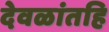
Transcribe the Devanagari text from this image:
देवळांतहि